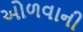
ઓળવાની